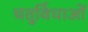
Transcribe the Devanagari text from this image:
चतुर्विधाओं